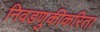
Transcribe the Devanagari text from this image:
निवडणुकीकरिता